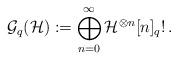
LaTeX: \begin{align*}\mathcal{G}_q(\mathcal{H}):=\bigoplus_{n=0}^\infty\mathcal{H}^{\otimes n}[n]_q!\,.\end{align*}